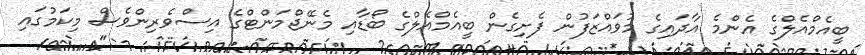
ބީއެމްއެލްގެ އެންމެ އާދައިގެ މުވައްޒަފުން ފެށިގެން ބީއެމްއެލްގެ ބޯޑާއި މެނޭޖްމަންޓްގެ އިސްވެރިންވެސް މިކަމުގައި